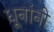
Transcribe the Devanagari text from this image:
धूनांनी